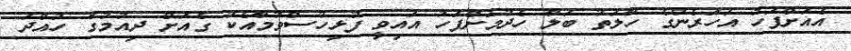
އެއަށްފަހު އަހަރެންގެ ހާލަތު ބަލާ ހެދުމަށްފަހު އައިވީ ފުޅިހުސްވުމާއެކު ގެއަށް ދިއުމުގެ ހުއްދަ